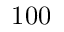
1 0 0